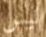
ليس